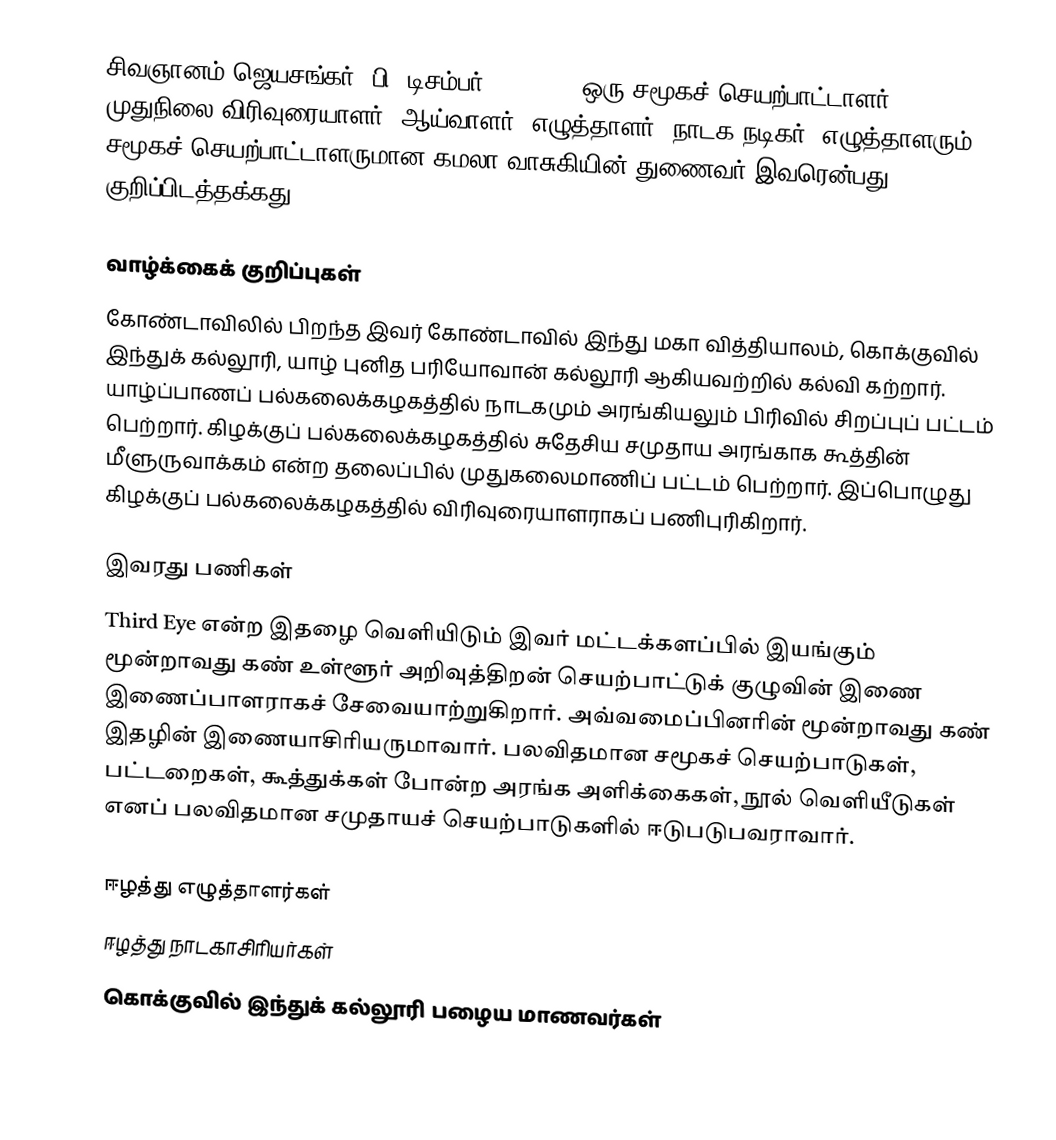
சிவஞானம் ஜெயசங்கர் (பி. டிசம்பர் 29, 1965) ஒரு சமூகச் செயற்பாட்டாளர்; முதுநிலை விரிவுரையாளர்; ஆய்வாளர்; எழுத்தாளர்; நாடக நடிகர். எழுத்தாளரும் சமூகச் செயற்பாட்டாளருமான கமலா வாசுகியின் துணைவர் இவரென்பது குறிப்பிடத்தக்கது.

வாழ்க்கைக் குறிப்புகள்
கோண்டாவிலில் பிறந்த இவர் கோண்டாவில் இந்து மகா வித்தியாலம், கொக்குவில் இந்துக் கல்லூரி, யாழ் புனித பரியோவான் கல்லூரி ஆகியவற்றில் கல்வி கற்றார். யாழ்ப்பாணப் பல்கலைக்கழகத்தில் நாடகமும் அரங்கியலும் பிரிவில் சிறப்புப் பட்டம் பெற்றார். கிழக்குப் பல்கலைக்கழகத்தில் சுதேசிய சமுதாய அரங்காக கூத்தின் மீளுருவாக்கம் என்ற தலைப்பில் முதுகலைமாணிப் பட்டம் பெற்றார். இப்பொழுது கிழக்குப் பல்கலைக்கழகத்தில் விரிவுரையாளராகப் பணிபுரிகிறார்.

இவரது பணிகள்
Third Eye என்ற இதழை வெளியிடும் இவர் மட்டக்களப்பில் இயங்கும் மூன்றாவது கண் உள்ளூர் அறிவுத்திறன் செயற்பாட்டுக் குழுவின் இணை இணைப்பாளராகச் சேவையாற்றுகிறார். அவ்வமைப்பினரின் மூன்றாவது கண் இதழின் இணையாசிரியருமாவார். பலவிதமான சமூகச் செயற்பாடுகள், பட்டறைகள், கூத்துக்கள் போன்ற அரங்க அளிக்கைகள், நூல் வெளியீடுகள் எனப் பலவிதமான சமுதாயச் செயற்பாடுகளில் ஈடுபடுபவராவார்.

ஈழத்து எழுத்தாளர்கள்
ஈழத்து நாடகாசிரியர்கள்
கொக்குவில் இந்துக் கல்லூரி பழைய மாணவர்கள்